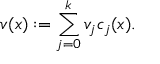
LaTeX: v ( x ) : = \sum _ { j = 0 } ^ { k } v _ { j } c _ { j } ( x ) .